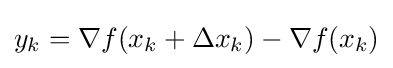
y_{k}=\nabla f(x_{k}+\Delta x_{k})-\nabla f(x_{k})